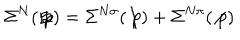
\Sigma ^ { N } ( \not { p } ) = \Sigma ^ { N \sigma } ( \not { p } ) + \Sigma ^ { N \pi } ( \not { p } )